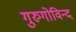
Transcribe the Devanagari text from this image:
गुरुगोविन्द